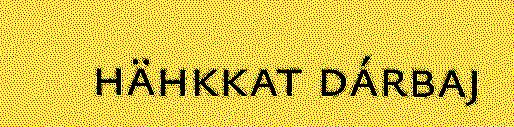
hähkkat dárbaj